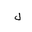
Letter: _lam